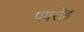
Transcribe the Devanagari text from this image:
पंपरॉड